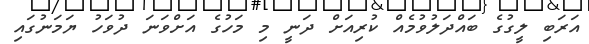
އަރަބި ލީގުގެ ބައްދަލުވުމެއް ކުރިއަށް ދަނީ މި މަހުގެ އަށްވަނަ ދުވަހު ޔަމަނުގައި